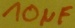
Text: 10µF